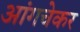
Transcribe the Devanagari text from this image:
आंगचेकर